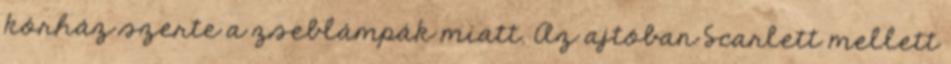
kórház szerte a zseblámpák miatt. Az ajtóban Scarlett mellett